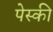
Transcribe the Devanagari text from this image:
पेस्की